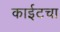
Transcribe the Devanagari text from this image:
काईटचा